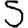
Digit: 5